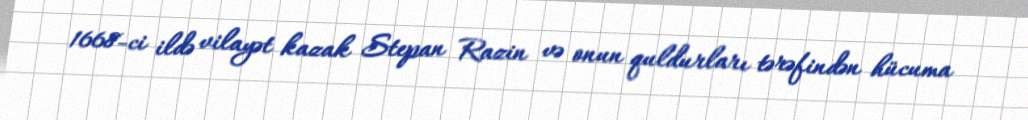
1668-ci ildə vilayət kazak Stepan Razin və onun quldurları tərəfindən hücuma